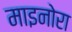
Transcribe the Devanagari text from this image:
माइनोरा